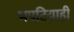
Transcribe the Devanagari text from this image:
भपटियाही